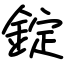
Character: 錠